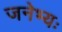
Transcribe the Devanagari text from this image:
जनेभ्यः